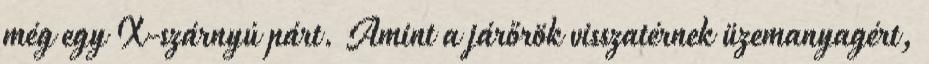
még egy X-szárnyú párt. Amint a járőrök visszatérnek üzemanyagért,